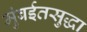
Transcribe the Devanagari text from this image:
मुंबईतसुद्धा